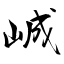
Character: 峸